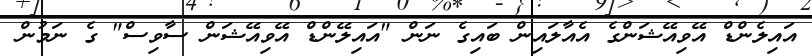
އައިލެންޑް އޭވިއޭޝަންގެ އެއާލައިން ބައިގެ ނަން "އައިލޭންޑް އޭވިއޭޝަން ސާވިސް" ގެ ނަމުން